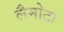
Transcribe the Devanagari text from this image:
लैमोटा